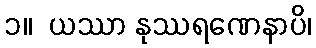
၁။  ယဿာ နုဿရဏေနာပိ၊